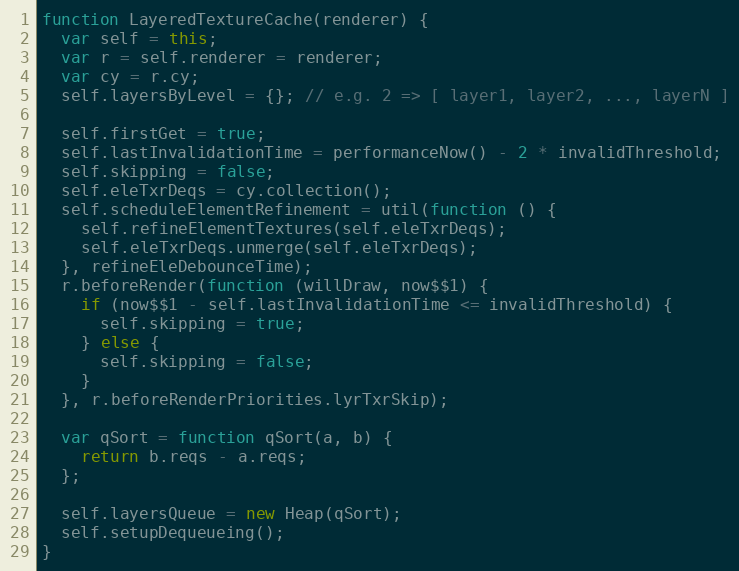
Language: JavaScript
function LayeredTextureCache(renderer) {
  var self = this;
  var r = self.renderer = renderer;
  var cy = r.cy;
  self.layersByLevel = {}; // e.g. 2 => [ layer1, layer2, ..., layerN ]

  self.firstGet = true;
  self.lastInvalidationTime = performanceNow() - 2 * invalidThreshold;
  self.skipping = false;
  self.eleTxrDeqs = cy.collection();
  self.scheduleElementRefinement = util(function () {
    self.refineElementTextures(self.eleTxrDeqs);
    self.eleTxrDeqs.unmerge(self.eleTxrDeqs);
  }, refineEleDebounceTime);
  r.beforeRender(function (willDraw, now$$1) {
    if (now$$1 - self.lastInvalidationTime <= invalidThreshold) {
      self.skipping = true;
    } else {
      self.skipping = false;
    }
  }, r.beforeRenderPriorities.lyrTxrSkip);

  var qSort = function qSort(a, b) {
    return b.reqs - a.reqs;
  };

  self.layersQueue = new Heap(qSort);
  self.setupDequeueing();
}